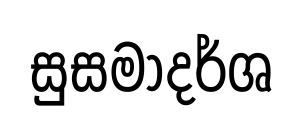
සුසමාදර්ශ